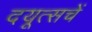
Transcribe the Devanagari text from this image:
दयूत्सचें